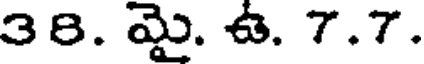
38. మై. ఉ. 7.7.